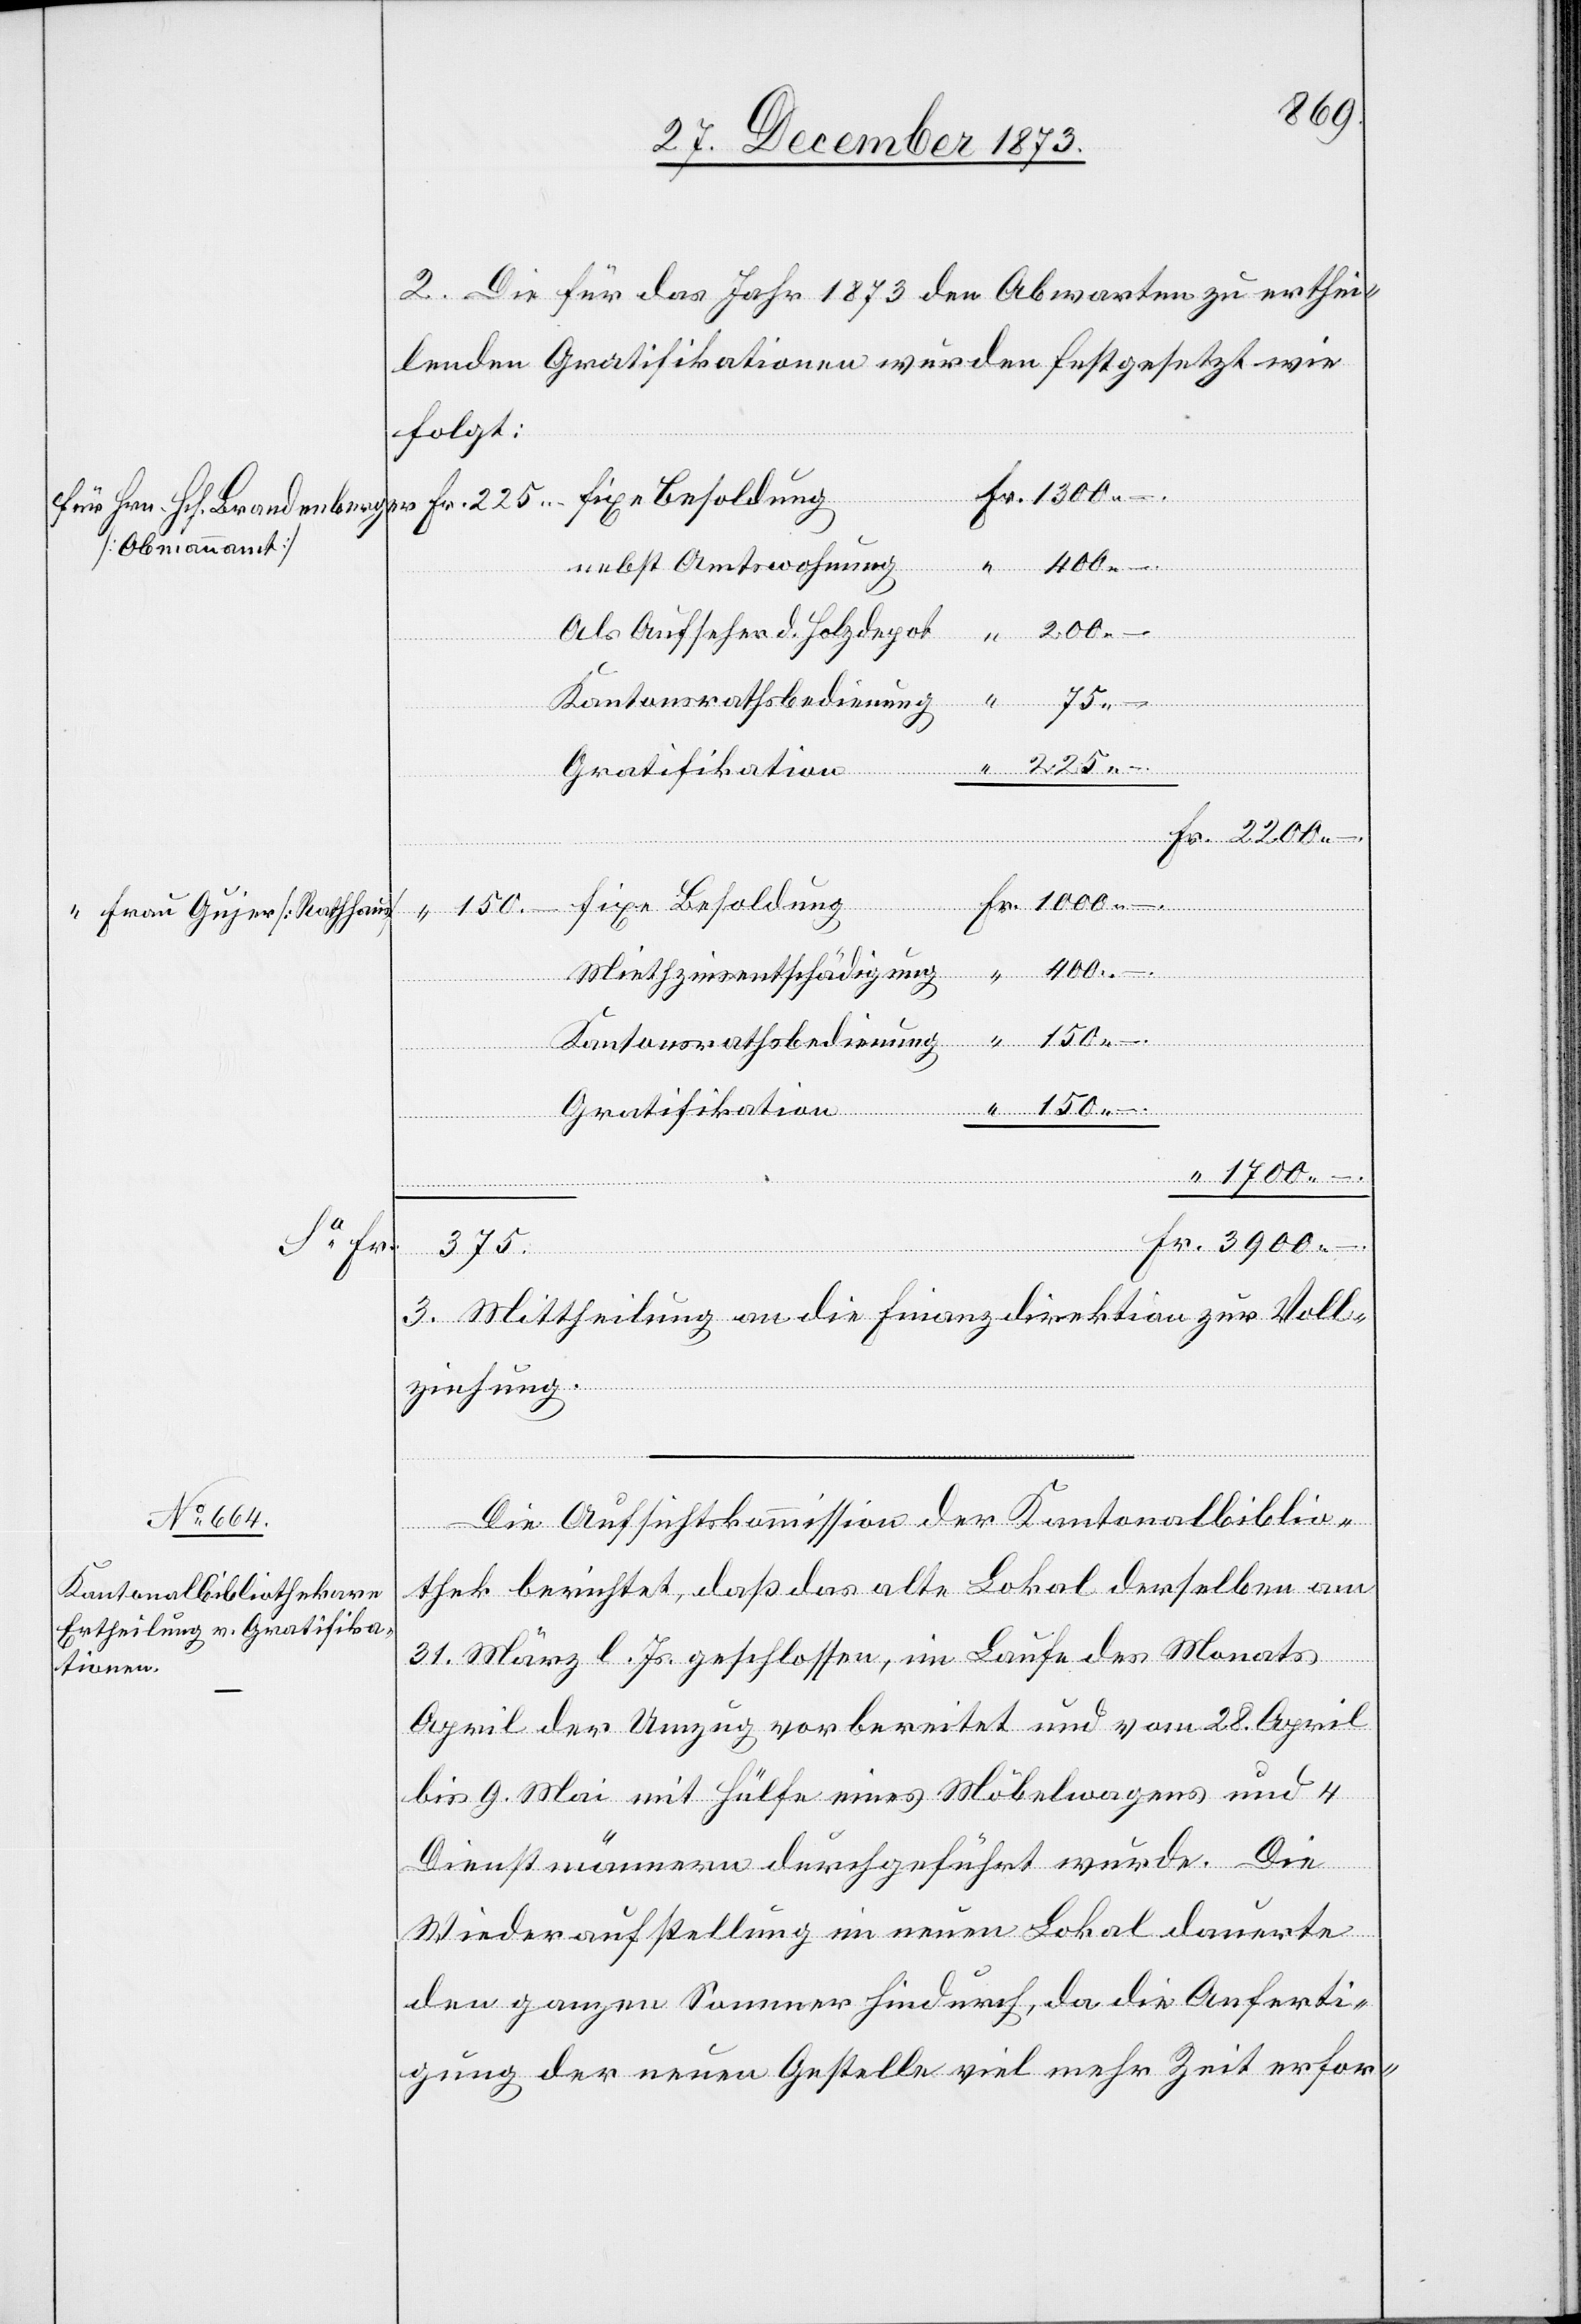
2. Die für das Jahr 1873 den Abwarten zu erthei¬
lenden Gratifikationen wurden festgesetzt wie
folgt:
[Obmannamt]
200 –
Als Aufseher d. Holzdepot
Kantonsrathsbedienung
150 –
Gratifikation
–
Frau Gujer [Rathhaus]
1
700 –
Fr.
Miethzinsentschädigung
Besoldung
3 900 –
3. Mittheilung an die Finanzdirektion zur Voll¬
ziehung.
Die Aufsichtskommission der Kantonalbiblio¬
thek berichtet, daß das alte Lokal derselben am
31. März l. Js. geschlossen, im Laufe des Monats
April der Umzug vorbereitet und vom 28. April
bis 9. Mai mit Hülfe eines Möbelwagens und 4
Dienstmännern durchgeführt wurde. Die
Wiederaufstellung im neuen Lokal dauerte
den ganzen Sommer hindurch, da die Anferti¬
gung der neuen Gestelle viel mehr Zeit erfor-